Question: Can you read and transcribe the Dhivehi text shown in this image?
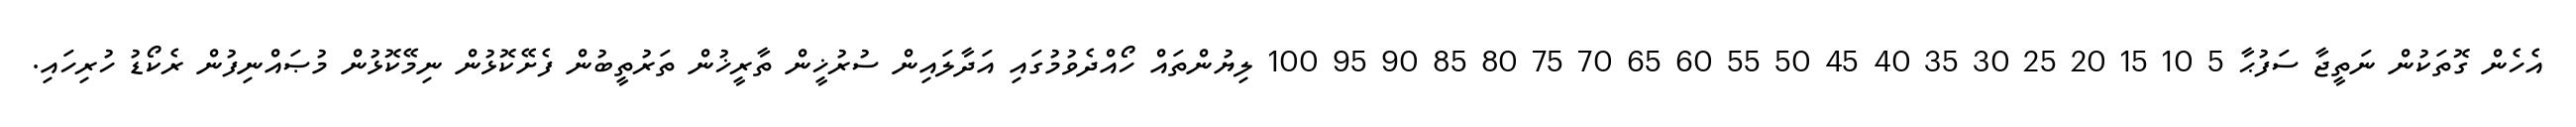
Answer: އެހެން ގޮތަކުން ނަތީޖާ ސަފުޙާ 5 10 15 20 25 30 35 40 45 50 55 60 65 70 75 80 85 90 95 100 ލިޔުންތައް ހޯއްދެވުމުގައި އަދާލައިން ސުރުޚީން ތާރީޚުން ތަރުތީބުން ފެށޭކޮޅުން ނިމޭކޮޅުން މުޞައްނިފުން ރެކޯޑު ހުރިހައި.